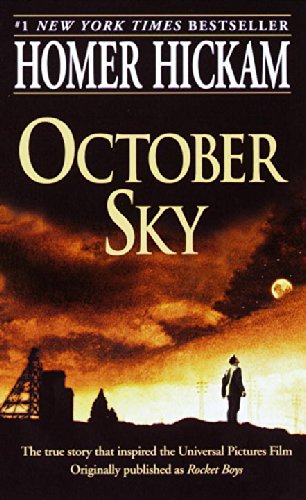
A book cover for October Sky (The Coalwood Series #1); Homer Hickam; Engineering & Transportation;